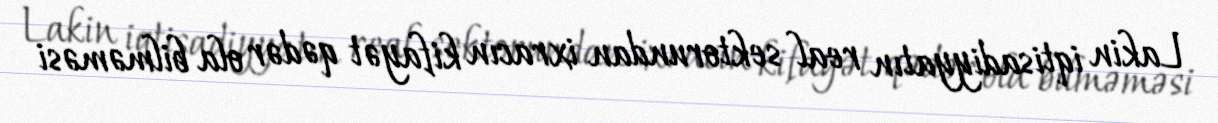
Lakin iqtisadiyyatın real sektorundan ixracın kifayət qədər ola bilməməsi